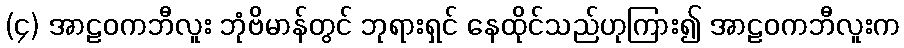
(၄) အာဠဝကဘီလူး ဘုံဗိမာန်တွင် ဘုရားရှင် နေထိုင်သည်ဟုကြား၍ အာဠဝကဘီလူးက